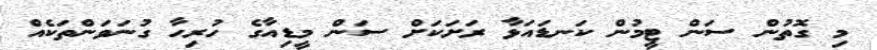
މި ގޮތުން ސަން ޓީމުން ކަނޑައަޅާ ރަށަކަށް ސަން މީޑިއާގެ ހުރިހާ ގުނަވަންތަކެއް